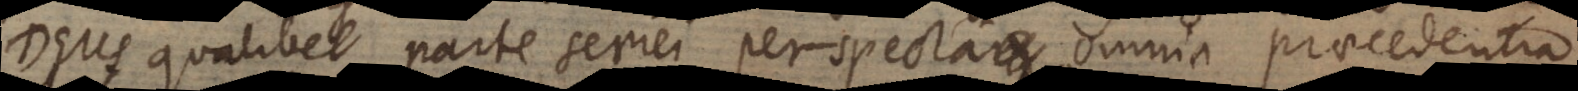
Deus qualibet parte seriei perspecta omnia praecedentia